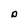
Character: o